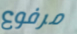
مرفوع